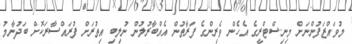
މުވައްޒަފުންނަށް މިނިސްޓްރީގެ އެހެން ވެރިންގެ ފަރާތުން އެއްބާރުލުން ނުލިބި އިތުރަށް ފުރައްސާރަކޮށް ބަދުނާމު